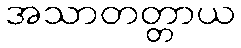
အသာတတ္တာယ